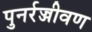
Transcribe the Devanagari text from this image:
पुनर्रज्जीवण